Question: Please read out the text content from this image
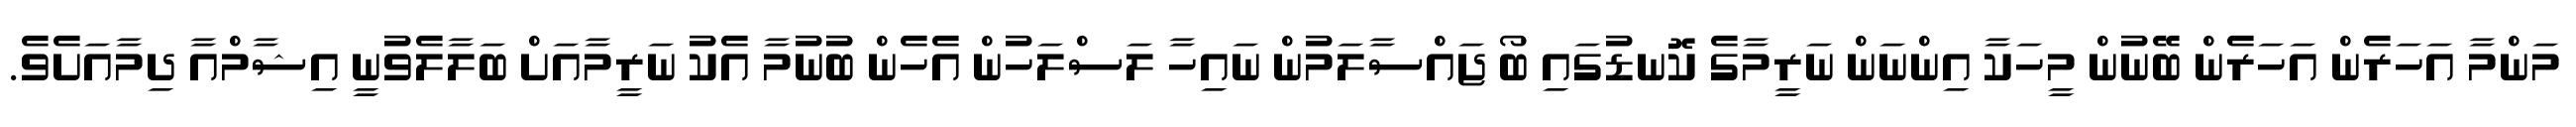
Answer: މަންމާ އަހަރެން އަހަރެން ބޭނުން މީހަކާ އިންނަން ނަރީމާގެ ކޮނޑުގައި ބޯ ޖައްސާލަމުން ނައިހާ ލަސްލަހުން އެހެން ބުނުމާ އެކު ނަރީމާއަށް ބަލާލެވުނީ އިޝާމްއާ ދިމާއަށެވެ.